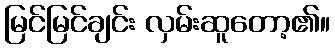
မြင်မြင်ချင်း လှမ်းဆူတော့၏။